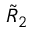
\tilde { R } _ { 2 }